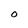
Character: O